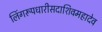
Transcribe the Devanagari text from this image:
लिंगरूपधारीसदाशिवमहादेव